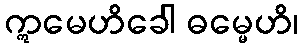
ဣမေဟိခေါ ဓမ္မေဟိ၊